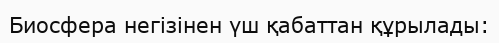
Биосфера негізінен үш қабаттан құрылады: